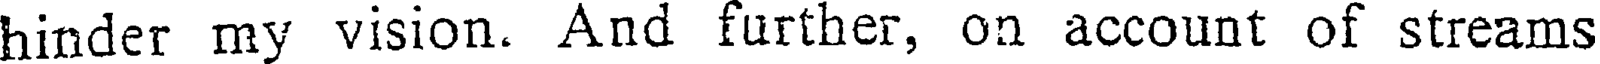
hinder my vision. And further, on account of streams